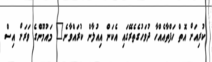
ކުރިއަށް އޮތް ހަފްތާއެއްހާ ދުވަހުގެތެރޭގައި އެކަން އިއުލާން ކުރައްވާނެ" މައުމޫންގެ ވަރަށް އިސް